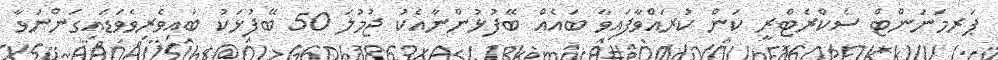
ޕަރމަނަންޓް ސެކްރެޓްރީ ކަން ކުރައްވާފައިވާ ބައެއް ބޭފުޅުންނާއެކު ޖުމުލަ 50 ބޭފުޅަކު ބައިވެރިވެވަޑައިގަންނަވާ